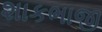
શાકભાજી